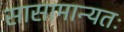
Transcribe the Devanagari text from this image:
सासामान्यतः